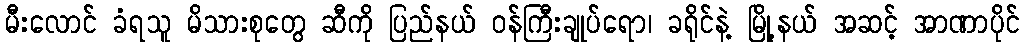
မီးလောင် ခံရသူ မိသားစုတွေ ဆီကို ပြည်နယ် ဝန်ကြီးချုပ်ရော၊ ခရိုင်နဲ့ မြို့နယ် အဆင့် အာဏာပိုင်